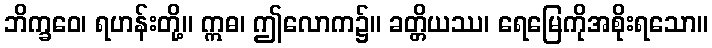
ဘိက္ခဝေ၊ ရဟန်းတို့။ ဣဓ၊ ဤလောက၌။ ခတ္တိယဿ၊ ရေမြေကိုအစိုးရသော။